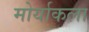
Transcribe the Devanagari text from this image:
मोर्याकला